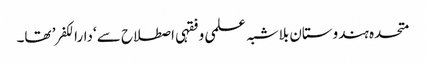
متحدہ ہندوستان بلاشبہ علمی و فقہی اصطلاح سے ‘دارالکفر’ تھا۔